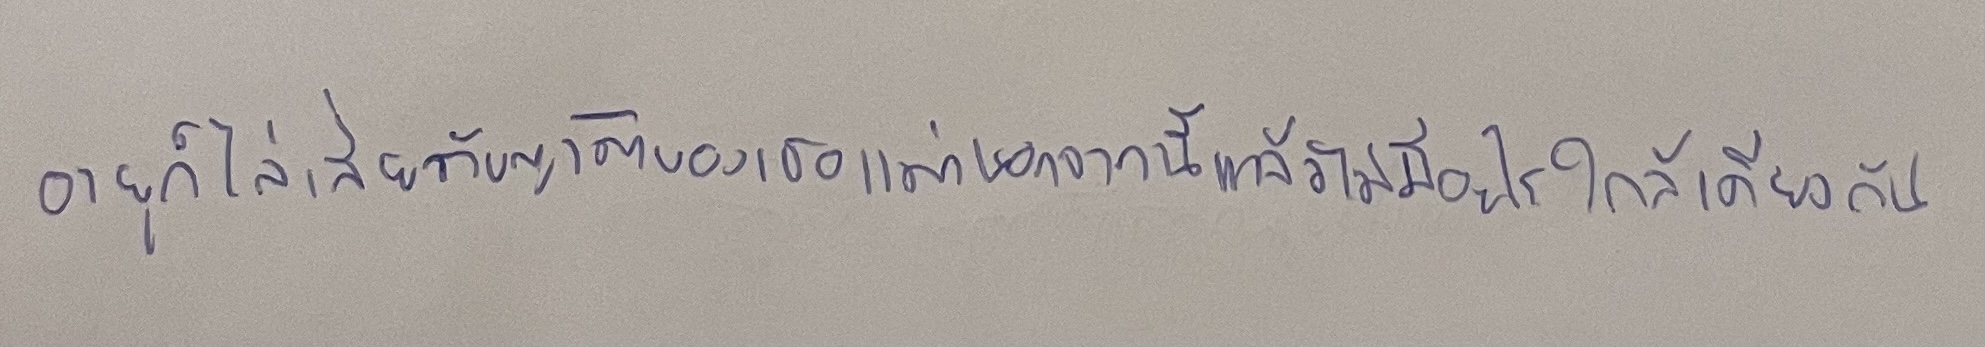
อายุก็ไล่เลี่ยกับญาติของเธอแต่นอกจากนี้แล้วไม่มีอะไรใกล้เคียงกัน